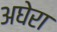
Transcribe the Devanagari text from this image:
अघेरा